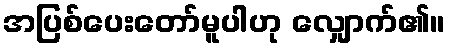
အပြစ်ပေးတော်မူပါဟု လျှောက်၏။